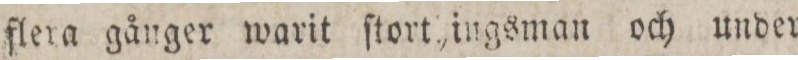
flera gånger warit ſtort???ingsman och under